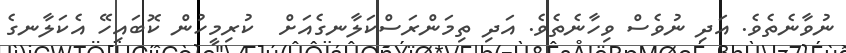
ނުވާނެތެވެ. އަދި ނުވެސް ވިހާނެތެވެ. އަދި ތިމަންރަސްކަލާނގެއަށް  ކުރިމީހުން ކޮބައިހޭ އެކަލާނގެ